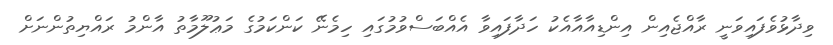
ވިދާޅުވެފައިވަނީ ރާއްޖެއިން އިންޑިއާއާއެކު ހަދާފައިވާ އެއްބަސްވުމުގައި ހިމެނޭ ކަންކަމުގެ މަޢުލޫމާތު އާންމު ރައްޔިތުންނަށް